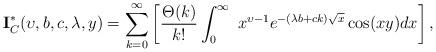
LaTeX: \begin{align*}\textbf{I}^{*}_{C}(\upsilon,b,c,\lambda,y)=\sum_{k=0}^{\infty}\left[\frac{\Theta(k)}{k!}\int_{0}^{\infty}~x^{\upsilon-1}e^{-(\lambda b +c k)\sqrt{x}} \cos (xy)dx\right],~~~~~~~~~~~~~~~~~~~~~~~~~~~~~~~~~~~~\end{align*}